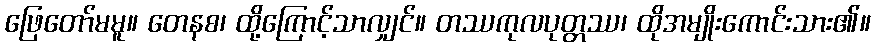
ဖြေတော်မမူ။ တေနစ၊ ထို့ကြောင့်သာလျှင်။ တဿကုလပုတ္တဿ၊ ထိုအမျိုးကောင်းသား၏။